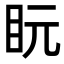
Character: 盶